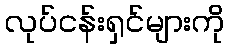
လုပ်ငန်းရှင်များကို